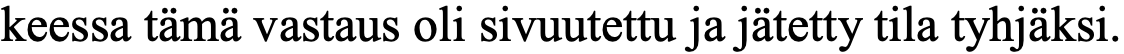
keessa tämä vastaus oli sivuutettu ja jätetty tila tyhjäksi.